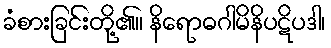
ခံစားခြင်းတို့၏။ နိရောဓဂါမိနိပဋိပဒါ၊